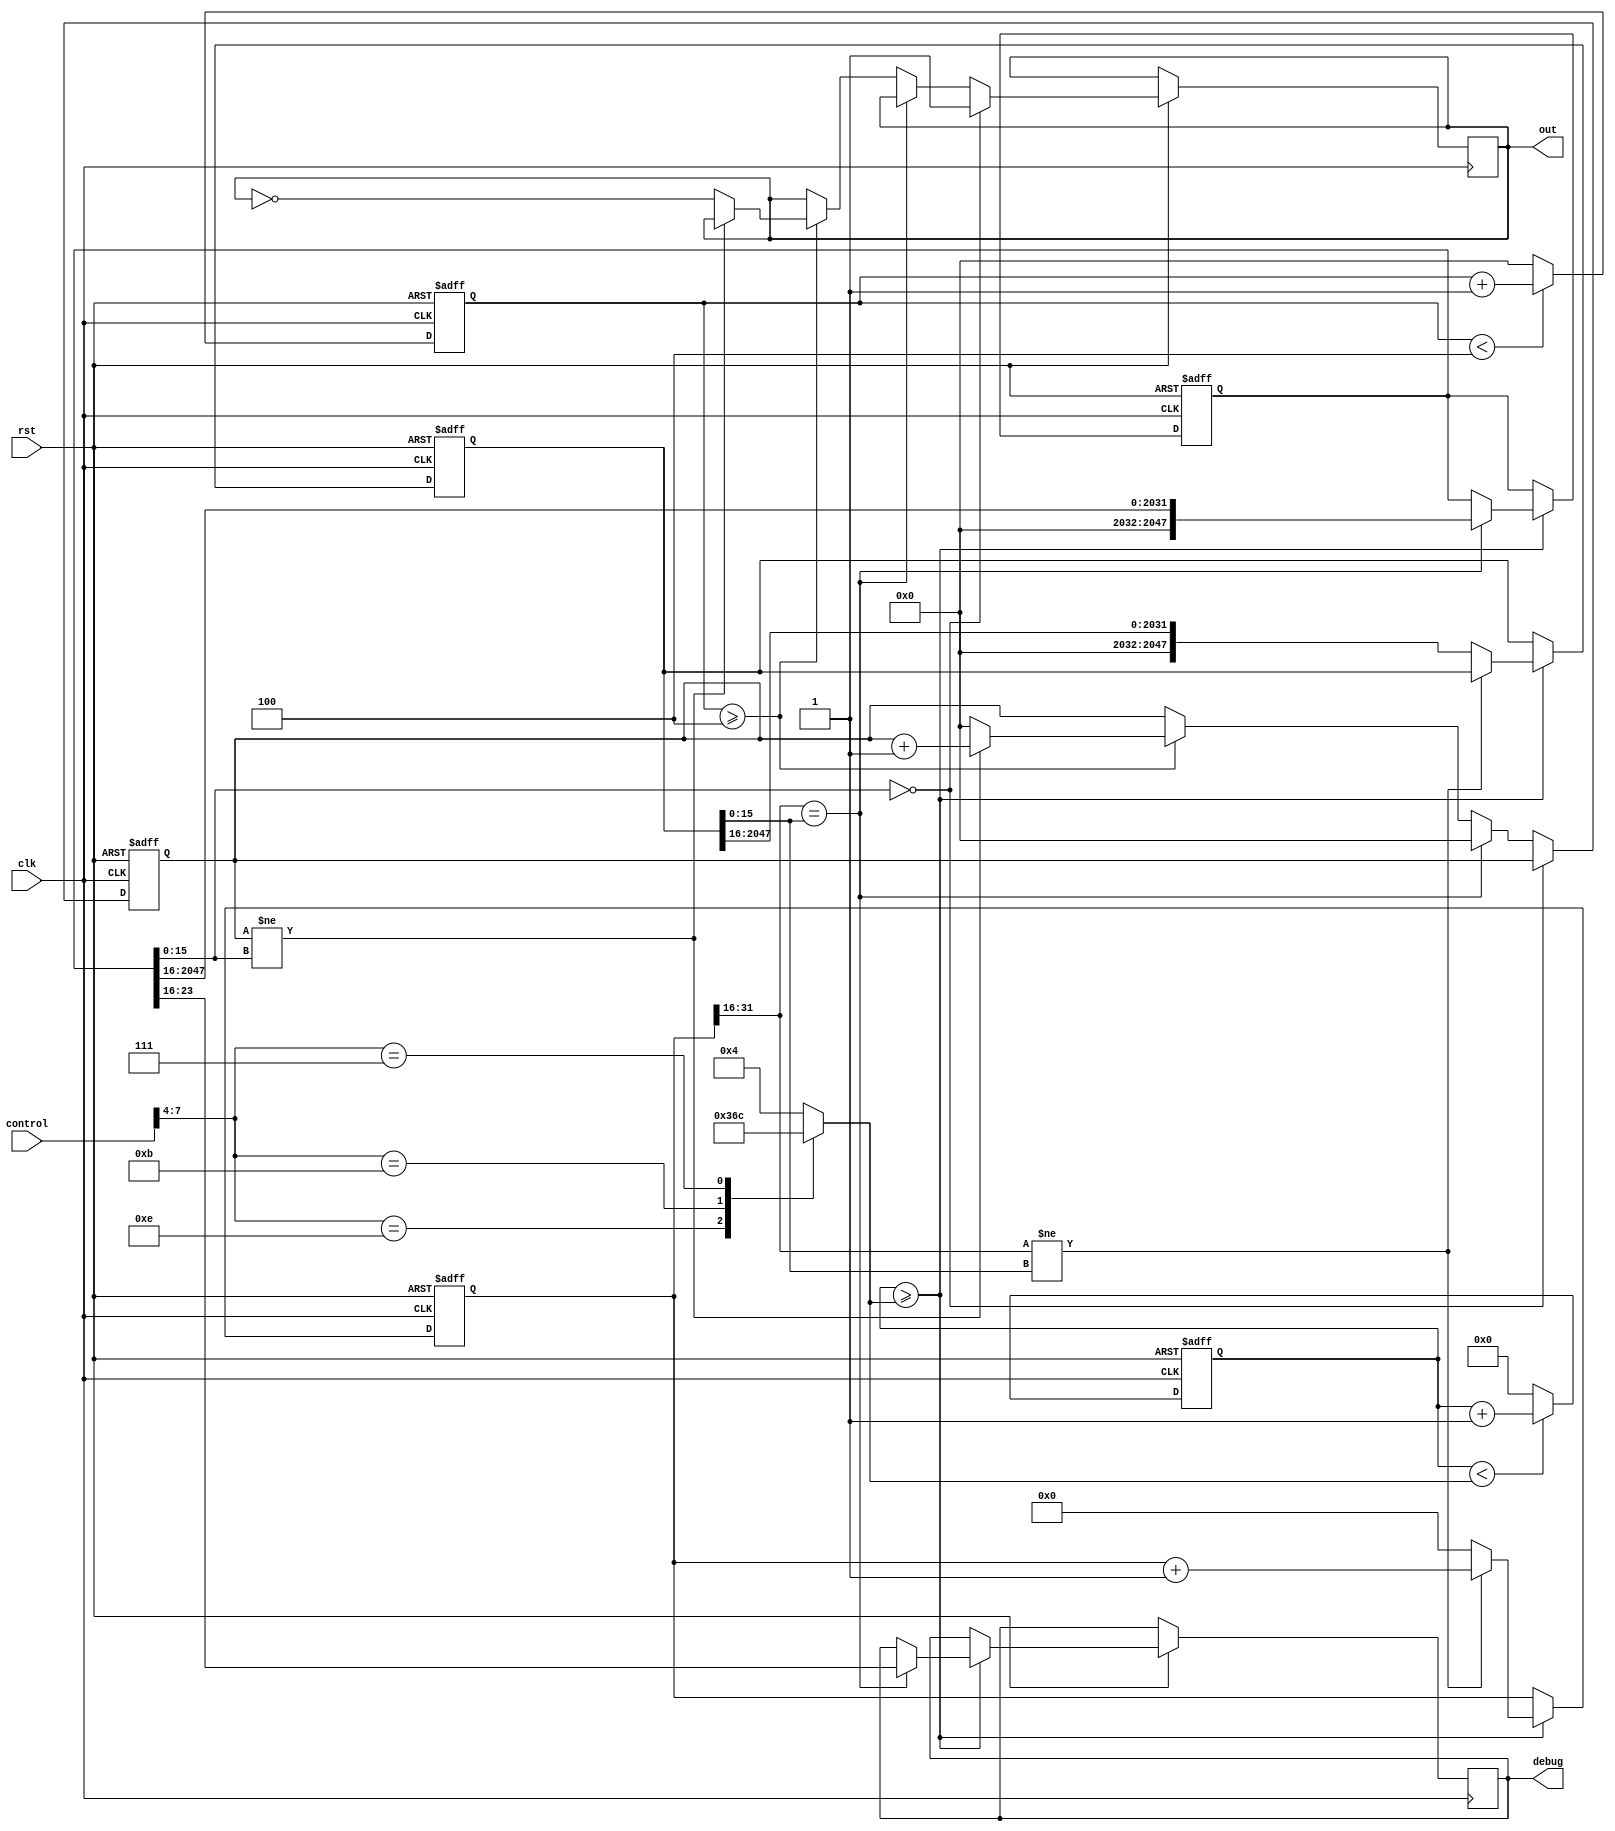
module MusicBox(clk,rst,out,debug,control);
input  clk,rst;
input [7 : 0] control;
output out;
output[7 : 0] debug;
reg out;
reg [7 : 0] debug;

//note tone defenitions
// :
parameter dA = 16'd4584; 
parameter C = 16'd3822;
parameter D = 16'd3405;
parameter E = 16'd3034;
parameter F = 16'd2865;
parameter G = 16'd2551;
parameter uA = 16'd2273;
parameter Bb = 16'd2148;

//note duration defenitions
// :
parameter q = 16'd24;
parameter q1 = 16'd48;
parameter p = 16'h0;

reg[31 : 0] cnt;
reg[15 : 0] tune;
reg[15 : 0] clk_tune;
reg[7  : 0] clk_dur;


//melody (separate rolls for duration and tone) - read BACKWARDS.
// (     ) -   .
reg[2047 : 0] tune_roll = {
D,C,D,p,E,p,E,F,D,p,D,uA,p,G,p,F,p,F,E,D,
p,D,uA,G,uA,p,Bb,p,Bb,uA,G,p,G,p,G,F,D,p,D,p,D,C,dA,
p,D,C,C,D,p,E,p,E,G,F,p,F,p,F,E,D,p,D,p,D,C,dA,
p,D,C,C,D,p,E,p,E,G,F,p,F,p,F,E,D,p,D,p,D,C,dA
};

reg[2047 : 0]  dur_roll = {
q,q,q,q,q,q,q,q,q,q1,q,q,q,q,q,q,q,q,q,q,
q1,q,q,q,q,q,q,q,q,q,q,q,q,q,q,q,q,q,q,q,q,q,q,
q1,q,q,q,q,q,q,q,q,q,q,q,q,q,q,q,q,q,q,q,q,q,q,
q1,q,q,q,q,q,q,q,q,q,q,q,q,q,q,q,q,q,q,q,q,q,q
};

reg [7:0] ctrl;

reg[2047 : 0] note_tune;
reg[2047 : 0] note_dur;

//control of clock dividers (switch of octave and speed)
//   (   )
always@(control)
begin
	ctrl[7:4] <= 4'd4; //octave switch is disabled by default |   , ctrl[7:4] <= ~control[3:0];     5-8
	case (control[7:4])
	4'b1110: ctrl[3:0] <= 4'd3;
	4'b1101: ctrl[3:0] <= 4'd4;
	4'b1011: ctrl[3:0] <= 4'd6;
	4'b0111: ctrl[3:0] <= 4'd12;
	default: ctrl[3:0] <= 4'd4;
	endcase
end


//clock divider
// 
always@(posedge clk or negedge rst)
begin
  if(!rst) begin
    clk_tune<=0;
    clk_dur <=0;
    end
  else begin
    if(clk_tune<ctrl[7:4])
      clk_tune<=clk_tune+1;
    else
      clk_tune<=0;
      
    if(clk_dur<ctrl[3:0])
      clk_dur<=clk_dur+1;
    else
      clk_dur<=0;
    end
end

//note duration switcher
//  
always@(posedge clk or negedge rst)
begin  
  if(!rst) begin
    cnt<=0;
    note_dur<=dur_roll;
  end
  else if(clk_dur>=ctrl[3:0]) begin
    if(cnt[31 : 16]!=note_dur[15 : 0]) begin
      cnt<=cnt+1;
      note_dur<=note_dur;
    end else begin
      note_dur=note_dur >> 16;
      cnt<=0;
    end
  end
end


//note tone switcher
//  ,      .
always@(posedge clk or negedge rst)
begin  
  if(!rst) begin
    note_tune<=tune_roll; 
  end 
  else if(clk_dur>=ctrl[3:0]) if(cnt[31 : 16]==note_dur[15 : 0]) begin
    note_tune=note_tune >> 16;
    debug<=note_tune[7 : 0];
  end else note_tune<=note_tune;
end

//output controller
//  
always@(posedge clk or negedge rst)
begin  
  if(!rst) tune<=0; else
  if(note_tune[15 : 0] == 0) out<=1; else
  if(cnt[31 : 16]==note_dur[15 : 0])tune<=0;else
  if(clk_tune>=ctrl[7:4]) begin
    if(tune!=note_tune[15 : 0]) begin
      tune<=tune+1;
      out<=out;
    end else begin
      tune<=0;
      out<=~out;
    end
  end
end

endmodule